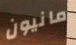
مانيون